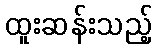
ထူးဆန်းသည့်